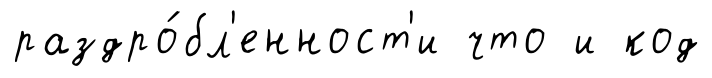
раздро́бл'енност'и что и код